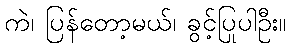
ကဲ၊ ပြန်တော့မယ်၊ ခွင့်ပြုပါဦး။